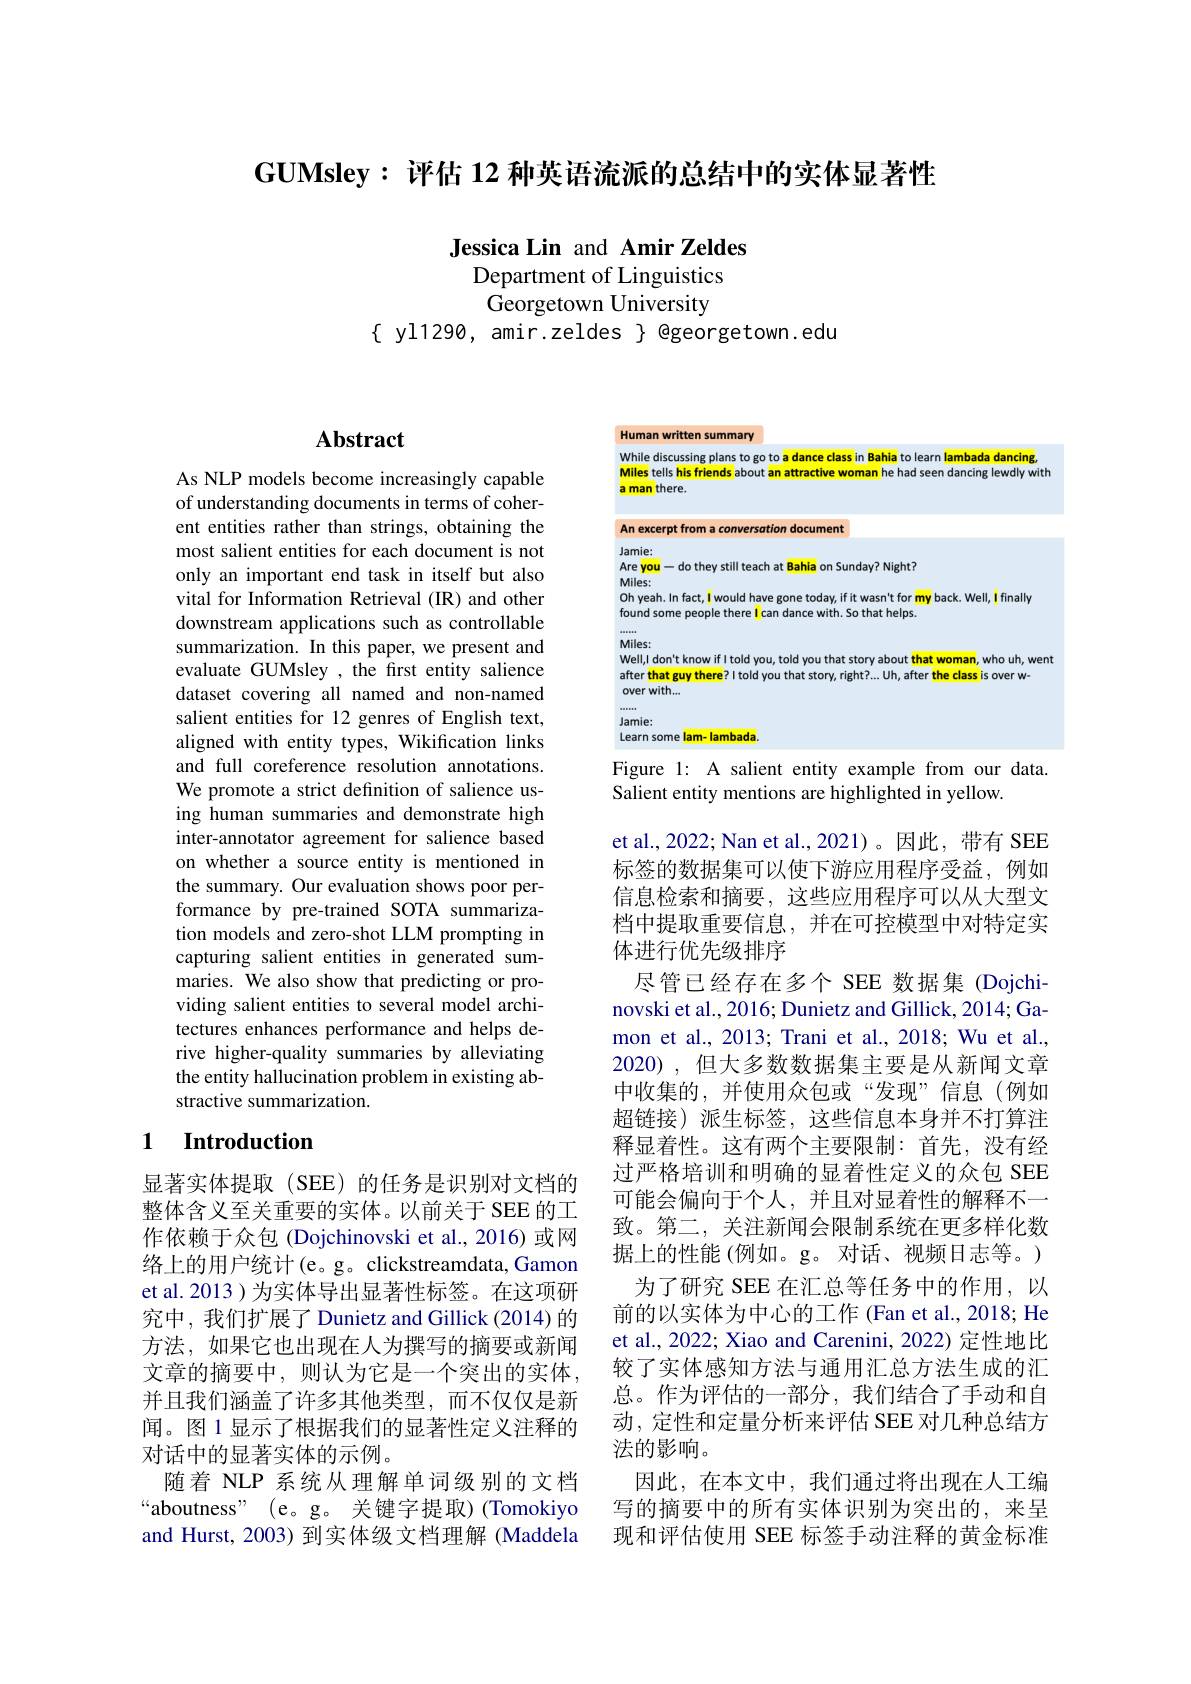
$\textbf{GUMsley: 评 估 12 种 英 语 流 派 的 总 结 中 的 实 体 显 著 性 }$

Jessica Lin and Amir Zeldes
Department of Linguistics Georgetown University

$\{$ yl1290, amir.zeldes $\}$ Qgeorgetown.edu

## $\mathbf{Abstract}$

As NLP models become increasingly capable of understanding documents in terms of coherent entities rather than strings, obtaining the most salient entities for each document is not only an important end task in itself but also vital for Information Retrieval (IR) and other downstream applications such as controllable summarization. In this paper, we present and evaluate GUMsley , the first entity salience dataset covering all named and non-named salient entities for 12 genres of English text, aligned with entity types, Wikification links and full coreference resolution annotations. We promote a strict definition of salience using human summaries and demonstrate high inter-annotator agreement for salience based on whether a source entity is mentioned in the summary. Our evaluation shows poor performance by pre-trained SOTA summarization models and zero-shot LLM prompting in capturing salient entities in generated summaries. We also show that predicting or providing salient entities to several model architectures enhances performance and helps derive higher-quality summaries by alleviating the entity hallucination problem in existing abstractive summarization.

## 1 Introduction

显著实体提取(SEE)的任务是识别对文档的整体含义至关重要的实体。以前关于 SEE 的工作依赖于众包 (Dojchinovski et al.,2016)或网络上的用户统计(e。g。clickstreamdata, Gamon et al. 2013 ) 为实体导出显著性标签。在这项研究中，我们扩展了 Dunietz and Gillick (2014)的方法，如果它也出现在人为撰写的摘要或新闻文章的摘要中，则认为它是一个突出的实体， 并且我们涵盖了许多其他类型，而不仅仅是新闻。图1显示了根据我们的显著性定义注释的对话中的显著实体的示例。
随着 NLP 系统从理解单词级别的文档“aboutness”(e。g。关键字提取)(Tomokiyo and Hurst, 2003) 到实体级文档理解(Maddela

<FigureHere>

Figure 1: A salient entity example from our data.
Salient entity mentions are highlighted in yellow.

et al., 2022; Nan et al., 2021)。因此，带有 SEE 标签的数据集可以使下游应用程序受益，例如信息检索和摘要，这些应用程序可以从大型文档中提取重要信息，并在可控模型中对特定实体进行优先级排序
尽管已经存在多个 SEE 数据集 (Dojchinovski et al., 2016; Dunietz and Gillick, 2014; Gamon et al., 2013; Trani et al., 2018; Wu et al., 2020),但大多数数据集主要是从新闻文章中收集的，并使用众包或“发现”信息(例如超链接)派生标签，这些信息本身并不打算注释显着性。这有两个主要限制：首先，没有经过严格培训和明确的显着性定义的众包 SEE 可能会偏向于个人，并且对显着性的解释不一致。第二，关注新闻会限制系统在更多样化数据上的性能(例如。g。对话、视频日志等。)
为了研究 SEE 在汇总等任务中的作用，以前的以实体为中心的工作 (Fan et al., 2018; He et al., 2022; Xiao and Carenini, 2022) 定性地比较了实体感知方法与通用汇总方法生成的汇总。作为评估的一部分，我们结合了手动和自动，定性和定量分析来评估 SEE 对几种总结方法的影响。
因此，在本文中，我们通过将出现在人工编写的摘要中的所有实体识别为突出的，来呈现和评估使用 SEE 标签手动注释的黄金标准